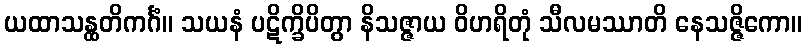
ယထာသန္ထတိကင်္ဂံ။ သယနံ ပဋိက္ခိပိတွာ နိသဇ္ဇာယ ဝိဟရိတုံ သီလမဿာတိ နေသဇ္ဇိကော။